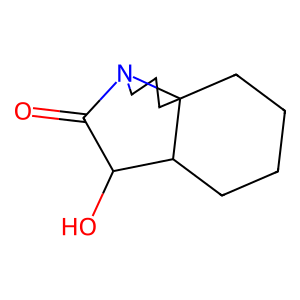
SMILES: O=C1C(O)C2CCCCC23CCCN13
Inhibits HIV replication: No